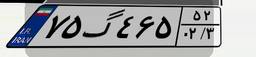
۷۵گ۴۶۵۵۲